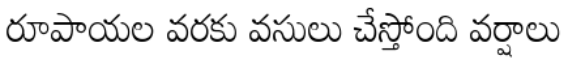
రూపాయల వరకు వసులు చేస్తోంది వర్షాలు